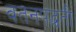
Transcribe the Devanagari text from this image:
वतनपद्धती